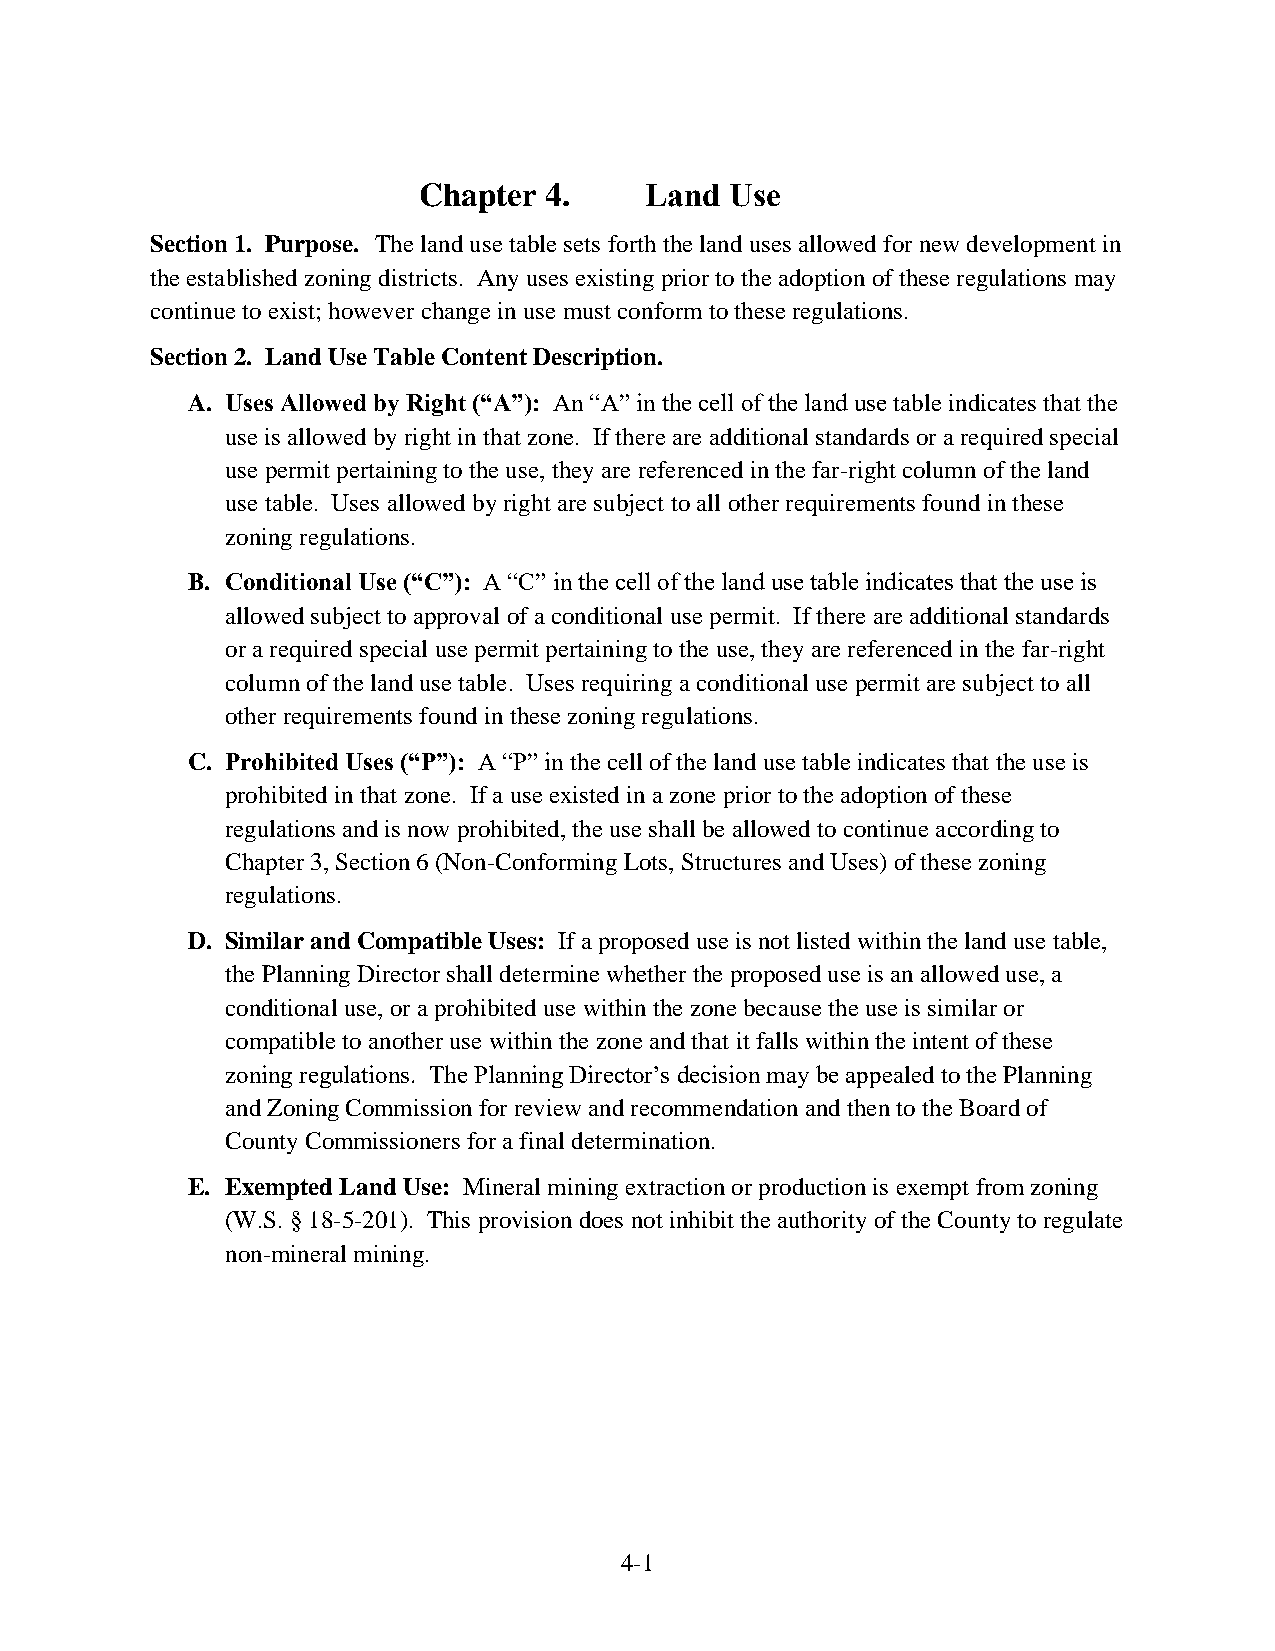
Chapter 4.     Land Use
 Section 1. Purpose. The land use table sets forth the land uses allowed for new development in
 the established zoning districts. Any uses existing prior to the adoption of these regulations may
 continue to exist; however change in use must conform to these regulations.
 Section 2. Land Use Table Content Description.
 A. Uses Allowed by Right (“A”): An “A” in the cell of the land use table indicates that the
 use is allowed by right in that zone. If there are additional standards or a required special
 use permit pertaining to the use, they are referenced in the far-right column of the land
 use table. Uses allowed by right are subject to all other requirements found in these
 zoning regulations.
 B. Conditional Use (“C”): A “C” in the cell of the land use table indicates that the use is
 allowed subject to approval of a conditional use permit. If there are additional standards
 or a required special use permit pertaining to the use, they are referenced in the far-right
 column of the land use table. Uses requiring a conditional use permit are subject to all
 other requirements found in these zoning regulations.
 C. Prohibited Uses (“P”): A “P” in the cell of the land use table indicates that the use is
 prohibited in that zone. If a use existed in a zone prior to the adoption of these
 regulations and is now prohibited, the use shall be allowed to continue according to
 Chapter 3, Section 6 (Non-Conforming Lots, Structures and Uses) of these zoning
 regulations.
 D. Similar and Compatible Uses: If a proposed use is not listed within the land use table,
 the Planning Director shall determine whether the proposed use is an allowed use, a
 conditional use, or a prohibited use within the zone because the use is similar or
 compatible to another use within the zone and that it falls within the intent of these
 zoning regulations. The Planning Director’s decision may be appealed to the Planning
 and Zoning Commission for review and recommendation and then to the Board of
 County Commissioners for a final determination.
 E. Exempted Land Use: Mineral mining extraction or production is exempt from zoning
 (W.S. § 18-5-201). This provision does not inhibit the authority of the County to regulate
 non-mineral mining.
 4-1